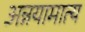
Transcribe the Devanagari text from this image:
अन्नयामात्य